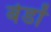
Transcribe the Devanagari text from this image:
बेडों